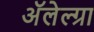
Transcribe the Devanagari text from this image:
अॅलेल्ग्रा